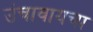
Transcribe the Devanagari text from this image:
उंचावायचा